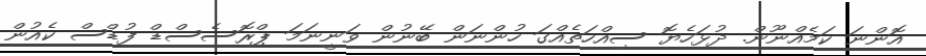
އޮންނަ ކަމެއްނޫން. ދުޅަހެޔޮ ސިއްހަތެއްގަ ހުންނަން ބޭނުން ވަނީނަމަ ޕްރޮސެސްޑް ފުޑްސް ކެއުން